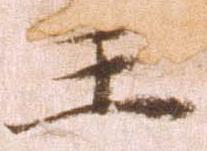
主